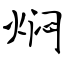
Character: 焖